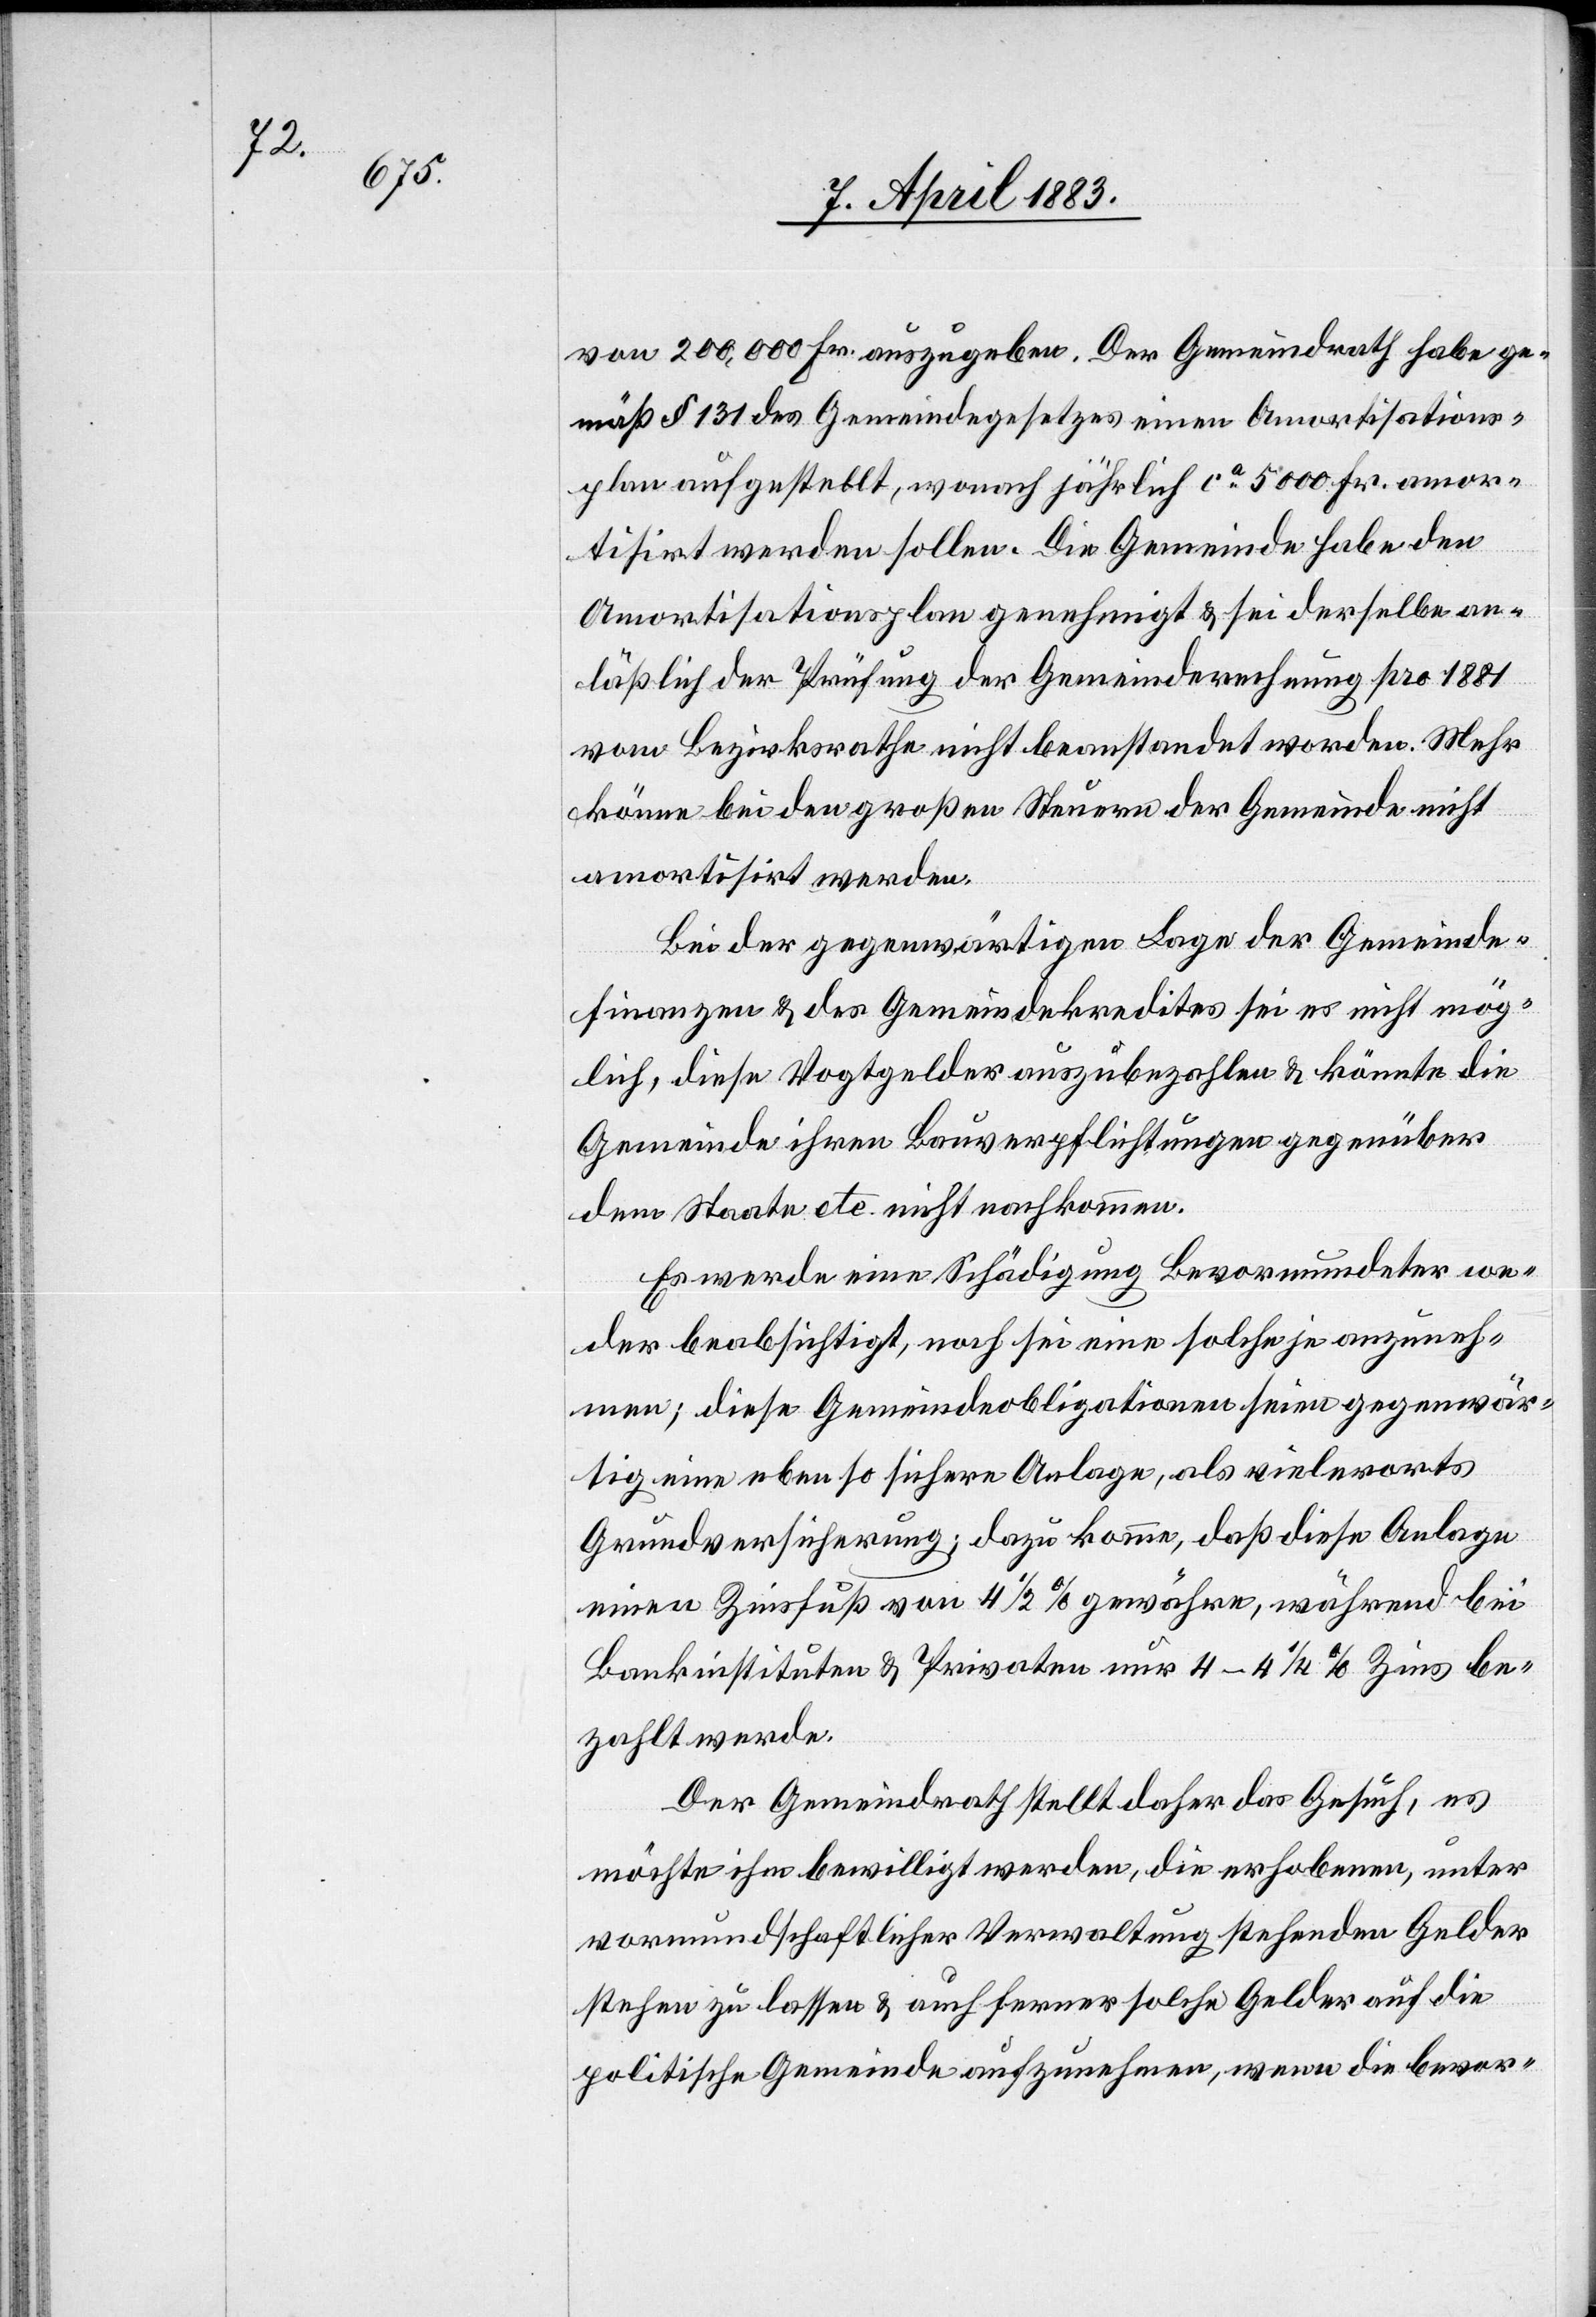
von 200,000 Fr. auszugeben. Der Gemeindrath habe ge¬
mäß § 313 des Gemeindegesetzes einen Amortisations¬
plan aufgestellt, wonach jährlich ca 5000 Fr. amor¬
tisirt werden sollen. Die Gemeinde habe den
Amortisationsplan genehmigt & sei derselbe an¬
läßlich der Prüfung der Gemeinderechnung pro 1881
vom Bezirksrathe nicht beanstandet worden. Mehr
könne bei den großen Steuern der Gemeinde nicht
amortisirt werden.
Bei der gegenwärtigen Lage der Gemeinde¬
finanzen & des Gemeindekredites sei es nicht mög¬
lich, diese Vogtgelder auszubezahlen & könnte die
Gemeinde ihren Bauverpflichtungen gegenüber
dem Staate etc. nicht nachkommen.
Es werde eine Schädigung Bevormundeter we¬
der beabsichtigt, noch sei eine solche je anzuneh¬
men; diese Gemeindeobligationen seien gegenwär¬
tig eine ebenso sichere Anlage, als vielerorts
Grundversicherung; dazu komme, daß diese Anlage
einen Zinsfuß von 4 1/2% gewähre, während bei
Bankinstituten & Privaten nur 4–4 1/4% Zins be¬
zahlt werde.
Der Gemeindrath stellt daher das Gesuch, es
möchte ihm bewilligt werden, die erhobenen, unter
vormundschaftlicher Verwaltung stehenden Gelder
stehen zu lassen & auch ferner solche Gelder auf die
politische Gemeinde aufzunehmen, wenn die bevor-